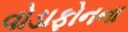
વોડાફોનના